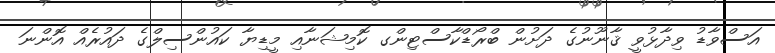
އަސްވާޑު ވިދާޅުވީ ޤާނޫނުގެ ދަށުން ބްރޯޑްކާސްޓިންގ ކޮމިޝަނާއި މީޑިޔާ ކައުންސިލްގެ ދައުރެއް އޮންނަ